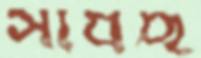
সাধছ